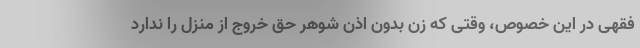
فقهی در این خصوص، وقتی که زن بدون اذن شوهر حق خروج از منزل را ندارد